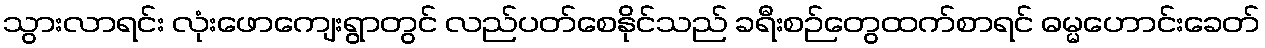
သွားလာရင်း လုံးဖောကျေးရွာတွင် လည်ပတ်စေနိုင်သည် ခရီးစဉ်တွေထက်စာရင် ဓမ္မဟောင်းခေတ်